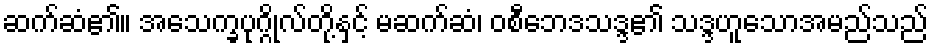
ဆက်ဆံ၏။ အသေက္ခပုဂ္ဂိုလ်တို့နှင့် မဆက်ဆံ၊ ဝစီဘေဒသဒ္ဒ၏ သဒ္ဒဟူသောအမည်သည်